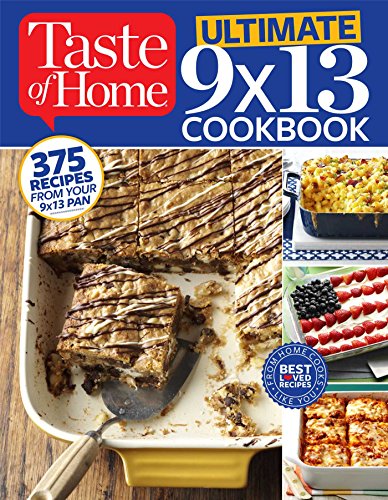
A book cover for Taste of Home Ultimate 9 X 13 Cookbook: 375 Recipes for your 13X9 Pan; Taste of Home Taste of Home; Cookbooks, Food & Wine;